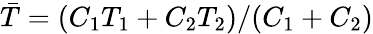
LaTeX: \bar{T}=(C_{1}T_{1}+C_{2}T_{2})/(C_{1}+C_{2})